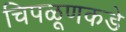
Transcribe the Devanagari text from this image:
चिपळूणकडे